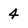
Character: 4